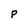
Character: P